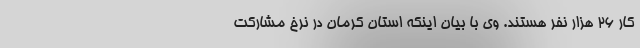
کار ۲۶ هزار نفر هستند. وی با بیان اینکه استان کرمان در نرخ مشارکت